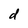
Character: d